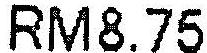
RM8.75